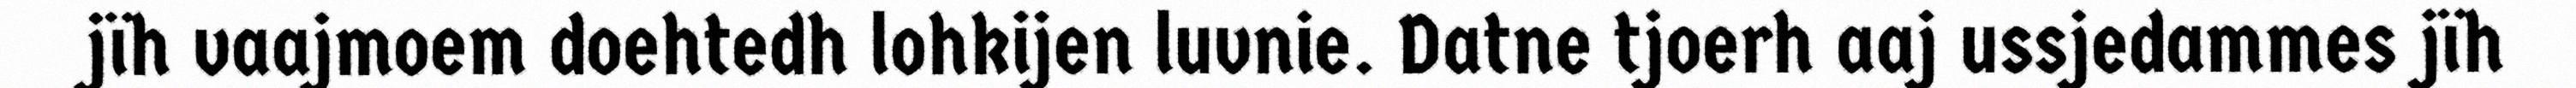
jïh vaajmoem doehtedh lohkijen luvnie. Datne tjoerh aaj ussjedammes jïh